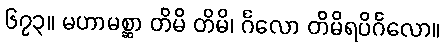
၆၇၃။ မဟာမစ္ဆာ တိမိ တိမိ၊ င်္ဂလော တိမိရပိင်္ဂလော။